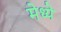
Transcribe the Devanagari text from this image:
मेध्ये